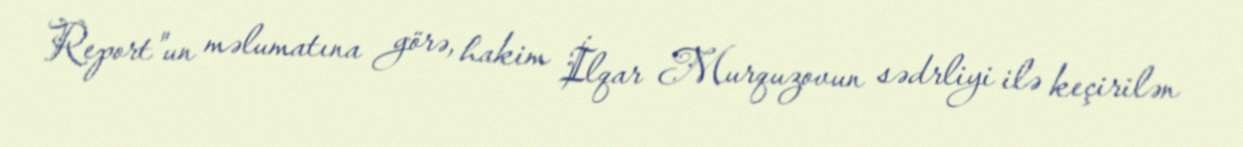
Report"un məlumatına görə, hakim İlqar Murquzovun sədrliyi ilə keçirilən